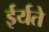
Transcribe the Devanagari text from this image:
ईर्यते